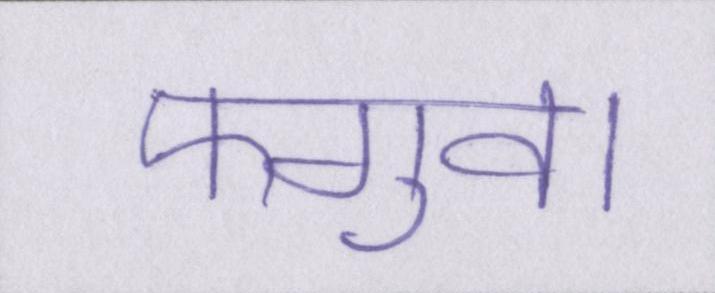
फगुवा